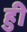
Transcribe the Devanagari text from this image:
हुी